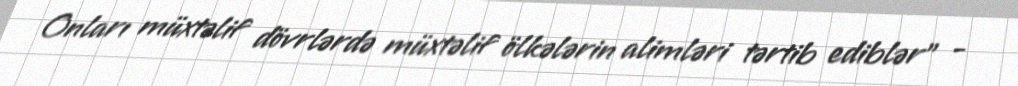
Onları müxtəlif dövrlərdə müxtəlif ölkələrin alimləri tərtib ediblər” -